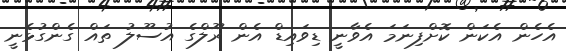
އެހެން އެކަން ކޮށްފިނަމަ އެވާނީ ޑިވައިޑް އެން ރޫލްގެ އުސޫލު ތައް ގެންގުޅެނީ